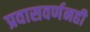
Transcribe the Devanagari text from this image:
प्रवासवर्णनही